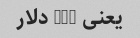
یعنی 150 دلار